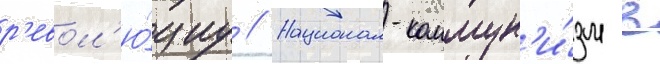
р'евол'ю́циу // Национал-коммун'и́зм в